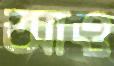
আও